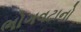
ભોગવટાનો